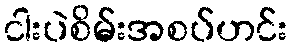
ငါးပဲစိမ်းအစပ်ဟင်း